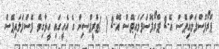
ޕްރޯފޮސްފަލައިޕޭސް އޭ-2 ޕްރޯފޮސްފަލައިޕޭސް އޭ-2 ( )ޓްރީޕްސިން ގެ އެހީގައި ހީވާގިވެ ފޮސްފަލައިޕޭސް